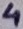
Text: 4